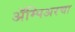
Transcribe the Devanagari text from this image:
ॲम्पिअरचा